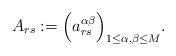
LaTeX: \begin{align*}A_{rs}:=\Bigl(a^{\alpha\beta}_{rs}\Bigr)_{1\leq\alpha,\beta\leq M}.\end{align*}